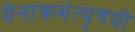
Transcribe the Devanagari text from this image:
येनाक्रमंत्यृषयो